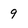
Character: 9